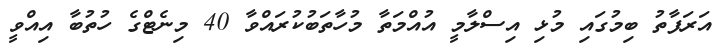
އަރަފާތު ބިމުގައި މުޅި އިސްލާމީ އުއްމަތާ މުހާތަބުކުރައްވާ 40 މިނެޓްގެ ހުތުބާ އިއްވީ